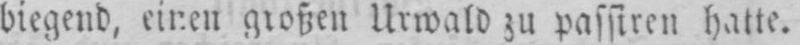
Urwald zu passiren hatte.